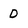
Character: D